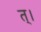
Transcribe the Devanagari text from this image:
त्।